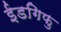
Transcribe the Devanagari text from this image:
ईडगिफु